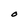
Character: O